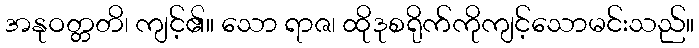
အနုဝတ္တတိ၊ ကျင့်၏။ သော ရာဇ၊ ထိုဒုစရိုက်ကိုကျင့်သောမင်းသည်။